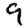
Digit: 9